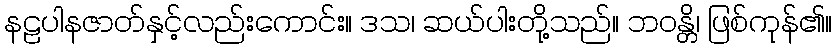
နဠပါနဇာတ်နှင့်လည်းကောင်း။ ဒသ၊ ဆယ်ပါးတို့သည်။ ဘဝန္တိ၊ ဖြစ်ကုန်၏။